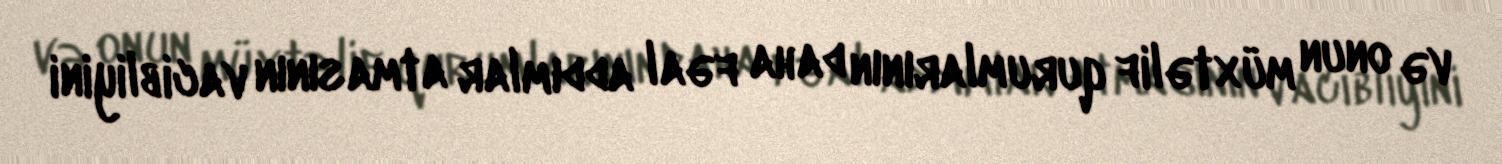
və onun müxtəlif qurumlarının daha fəal addımlar atmasının vacibliyini